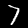
Label: 7